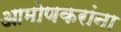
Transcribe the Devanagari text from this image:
आमोणकरांना